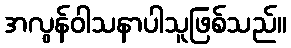
အလွန်ဝါသနာပါသူဖြစ်သည်။